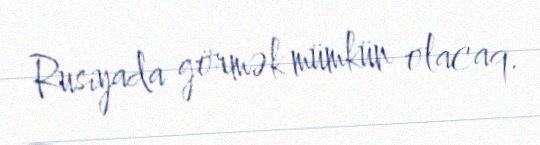
Rusiyada görmək mümkün olacaq.